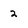
Character: 2